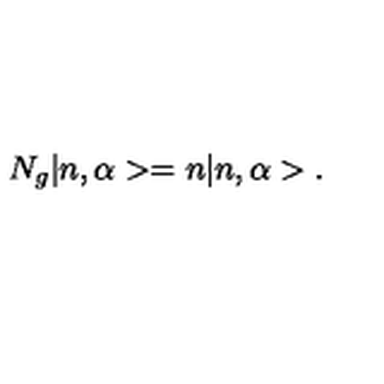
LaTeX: N _ { g } | n , \alpha > = n | n , \alpha > .